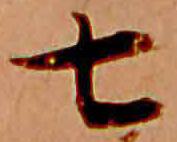
七